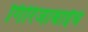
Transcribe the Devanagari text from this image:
गिरिजाबाईंचे